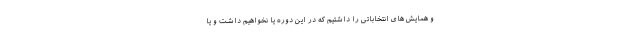
و همایش های انتخاباتی را داشتیم که در این دوره یا نخواهیم داشت و یا